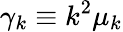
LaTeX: \gamma_{k}\equiv k^{2}\mu_{k}